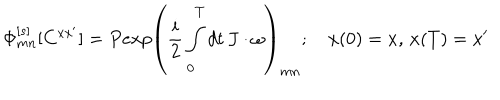
\Phi _ { m n } ^ { [ s ] } [ C ^ { x x ^ { \prime } } ] = P e x p \left( { \frac { i } { 2 } } \int _ { 0 } ^ { T } d t \, J \cdot \omega \right) _ { m n } ; \quad x ( 0 ) = x , \, x ( T ) = x ^ { \prime }